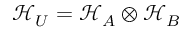
\mathcal { H } _ { U } = \mathcal { H } _ { A } \otimes \mathcal { H } _ { B }